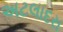
અટલાદરા